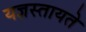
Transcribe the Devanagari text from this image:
यज्ञस्तायते